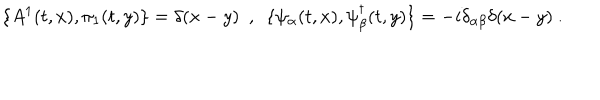
LaTeX: \{ A ^ { 1 } ( t , x ) , \pi _ { 1 } ( t , y ) \} = \delta ( x - y ) \ \ , \ \ \{ \psi _ { \alpha } ( t , x ) , \psi _ { \beta } ^ { \dagger } ( t , y ) \} = - i \delta _ { \alpha \beta } \delta ( x - y ) \ .